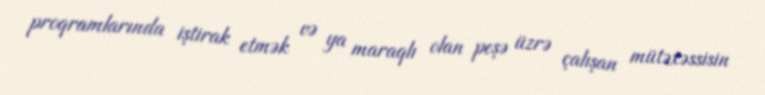
proqramlarında iştirak etmək və ya maraqlı olan peşə üzrə çalışan mütəxəssisin